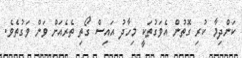
ކަންދިމާ ކުރި ގޮތުން އެވަގުތަކީ މިހާދު އައިސް ގޯތި ތެރެއަށް ވަން ވަގުތެވެ.